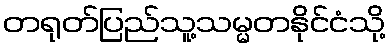
တရုတ်ပြည်သူ့သမ္မတနိုင်ငံသို့